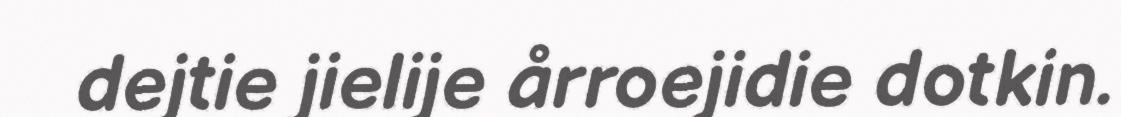
dejtie jielije årroejidie dotkin.